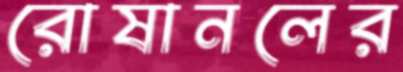
রোষানলের